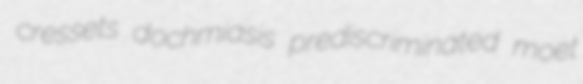
cressets dochmiasis prediscriminated moet